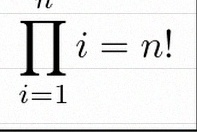
\prod_{i=1}^{n}i=n!